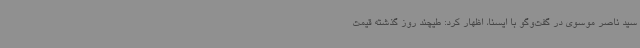
سید ناصر موسوی در گفت‌وگو با ایسنا، اظهار کرد: طیچند روز گذشته قیمت